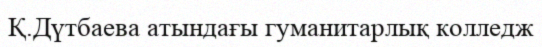
Қ.Дүтбаева атындағы гуманитарлық колледж